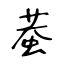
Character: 蛬